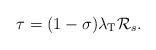
\begin{align*} \tau = (1-\sigma) \lambda_\textrm{T} \mathcal{R}_s.\end{align*}